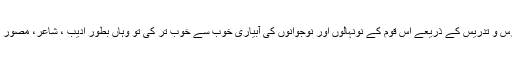
بطورِ پروفیسر جہاں پروفیسر عزیز مینگل نے درس و تدریس کے ذریعے اِس قوم کے نونہالوں اور نوجوانوں کی آبیاری خوب سے خوب تر کی تو وہاں بطورِ ادیب ، شاعر، مصور اپنے قلم سے قوم کی خدمت بھی حتیٰ المقدور کی۔